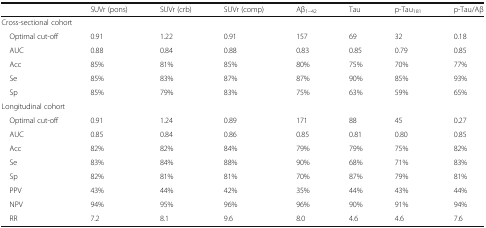
<table><thead><tr><td></td><td><b>SUVr (pons)</b></td><td><b>SUVr (crb)</b></td><td><b>SUVr (comp)</b></td><td><b>Aβ<sub>1–42</sub></b></td><td><b>Tau</b></td><td><b>p-Tau<sub>181</sub></b></td><td><b>p-Tau/Aβ</b></td></tr></thead><tbody><tr><td colspan="8">Cross-sectional cohort</td></tr><tr><td> Optimal cut-off</td><td>0.91</td><td>1.22</td><td>0.91</td><td>157</td><td>69</td><td>32</td><td>0.18</td></tr><tr><td> AUC</td><td>0.88</td><td>0.84</td><td>0.88</td><td>0.83</td><td>0.85</td><td>0.79</td><td>0.85</td></tr><tr><td> Acc</td><td>85%</td><td>81%</td><td>85%</td><td>80%</td><td>75%</td><td>70%</td><td>77%</td></tr><tr><td> Se</td><td>85%</td><td>83%</td><td>87%</td><td>87%</td><td>90%</td><td>85%</td><td>93%</td></tr><tr><td> Sp</td><td>85%</td><td>79%</td><td>83%</td><td>75%</td><td>63%</td><td>59%</td><td>65%</td></tr><tr><td colspan="8">Longitudinal cohort</td></tr><tr><td> Optimal cut-off</td><td>0.91</td><td>1.24</td><td>0.89</td><td>171</td><td>88</td><td>45</td><td>0.27</td></tr><tr><td> AUC</td><td>0.85</td><td>0.84</td><td>0.86</td><td>0.85</td><td>0.81</td><td>0.80</td><td>0.85</td></tr><tr><td> Acc</td><td>82%</td><td>82%</td><td>84%</td><td>79%</td><td>79%</td><td>75%</td><td>82%</td></tr><tr><td> Se</td><td>83%</td><td>84%</td><td>88%</td><td>90%</td><td>68%</td><td>71%</td><td>83%</td></tr><tr><td> Sp</td><td>82%</td><td>81%</td><td>81%</td><td>70%</td><td>87%</td><td>79%</td><td>81%</td></tr><tr><td> PPV</td><td>43%</td><td>44%</td><td>42%</td><td>35%</td><td>44%</td><td>43%</td><td>44%</td></tr><tr><td> NPV</td><td>94%</td><td>95%</td><td>96%</td><td>96%</td><td>90%</td><td>91%</td><td>94%</td></tr><tr><td> RR</td><td>7.2</td><td>8.1</td><td>9.6</td><td>8.0</td><td>4.6</td><td>4.6</td><td>7.6</td></tr></tbody></table>